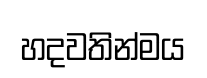
හදවතින්මය